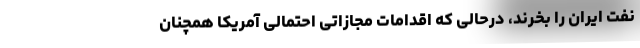
نفت ایران را بخرند، درحالی که اقدامات مجازاتی احتمالی آمریکا همچنان